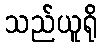
သည်ယူရို